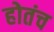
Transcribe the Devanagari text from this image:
होतंच